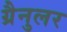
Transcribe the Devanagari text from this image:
ग्रैनुलर